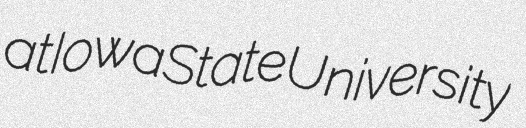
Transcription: at Iowa State University